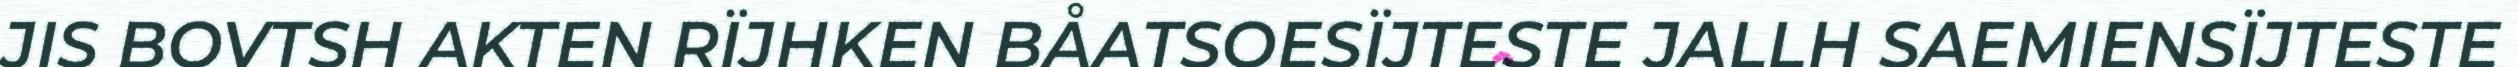
JIS BOVTSH AKTEN RÏJHKEN BÅATSOESÏJTESTE JALLH SAEMIENSÏJTESTE